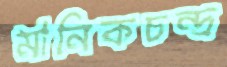
মানিকচন্দ্র